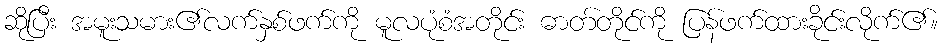
ဆိုပြီး အမူးသမား၏လက်နှစ်ဖက်ကို မူလပုံစံအတိုင်း ဓာတ်တိုင်ကို ပြန်ဖက်ထားခိုင်းလိုက်၏။